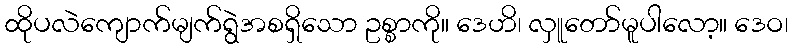
ထိုပလဲကျောက်မျက်ရွဲအစရှိသော ဥစ္စာကို။ ဒေဟိ၊ လှူတော်မူပါလော့။ ဒေဝ၊